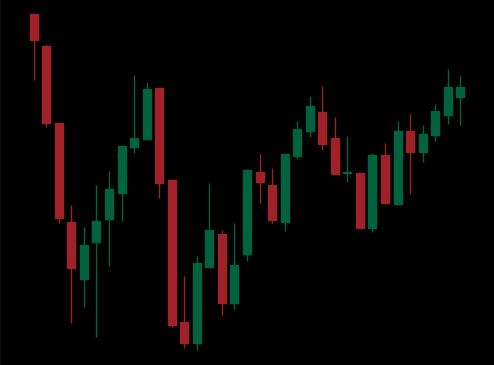
Pattern: inverse_head_shoulders